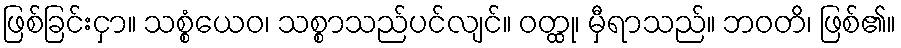
ဖြစ်ခြင်းငှာ။ သစ္စံယေဝ၊ သစ္စာသည်ပင်လျင်။ ဝတ္ထု၊ မှီရာသည်။ ဘဝတိ၊ ဖြစ်၏။